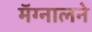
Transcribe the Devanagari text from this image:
मॅग्नालने